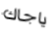
ياجاك